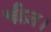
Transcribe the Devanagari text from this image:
चीज़।